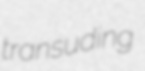
transuding